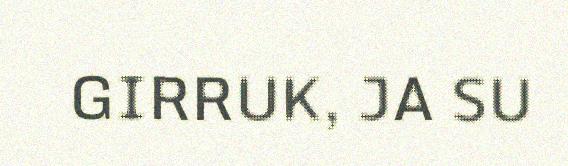
GIRRUK, JA SU